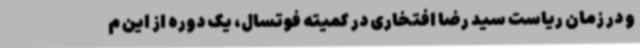
و در زمان ریاست سید رضا افتخاری در کمیته فوتسال، یک دوره از این م